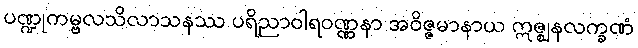
ပဏ္ဍုကမ္ဗလသိလာသနဿ ပရိညာဝါရဝဏ္ဏနာ အဝိဇ္ဇမာနာယ ဣဇ္ဈနလက္ခဏံ